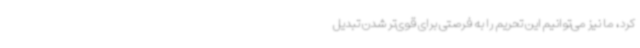
کرد، ما نیز می‌توانیم این تحریم را به فرصتی برای قوی‌تر شدن تبدیل